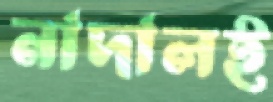
নাদালই